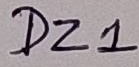
Text: DZ1